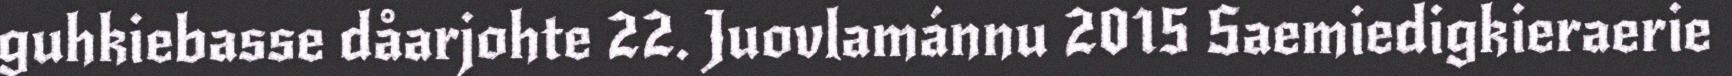
guhkiebasse dåarjohte 22. Juovlamánnu 2015 Saemiedigkieraerie